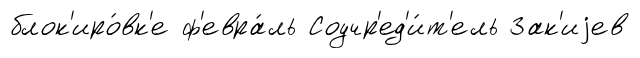
блок'иро́вк'е ф'евра́ль Соучр'ед'и́т'ель Зак'иjев